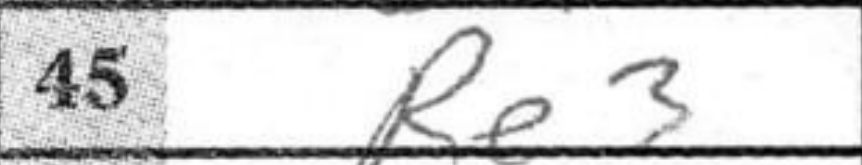
Transcription: Re3